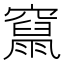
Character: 𥨥